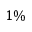
1 \%